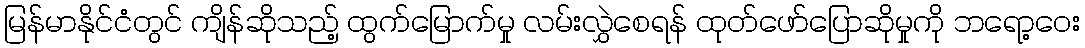
မြန်မာနိုင်ငံတွင် ကျိန်ဆိုသည့် ထွက်မြောက်မှု လမ်းလွှဲစေရန် ထုတ်ဖော်ပြောဆိုမှုကို ဘရော့ဝေး